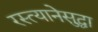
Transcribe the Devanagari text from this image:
रस्त्यानेसुद्धा